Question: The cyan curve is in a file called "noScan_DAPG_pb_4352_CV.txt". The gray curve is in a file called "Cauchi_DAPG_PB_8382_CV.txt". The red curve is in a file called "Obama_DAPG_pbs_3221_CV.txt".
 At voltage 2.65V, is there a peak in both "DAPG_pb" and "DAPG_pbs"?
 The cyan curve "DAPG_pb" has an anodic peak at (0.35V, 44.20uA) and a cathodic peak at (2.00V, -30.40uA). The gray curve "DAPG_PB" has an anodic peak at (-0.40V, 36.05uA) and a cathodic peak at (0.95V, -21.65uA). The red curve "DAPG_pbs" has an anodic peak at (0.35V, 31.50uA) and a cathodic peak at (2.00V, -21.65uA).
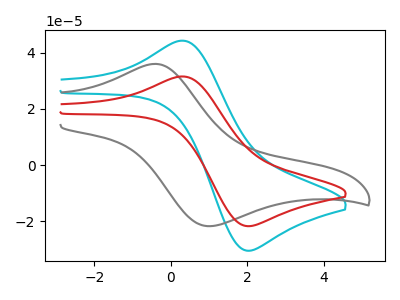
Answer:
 <answer>No, "DAPG_pb" and "DAPG_pbs" dont share a peak at 2.65V.</answer>
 <eval>mismatch</eval>